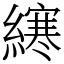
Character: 𫟂